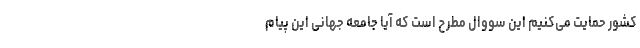
کشور حمایت می‌کنیم این سووال مطرح است که آیا جامعه جهانی این پیام